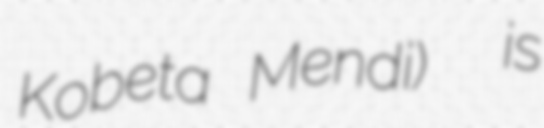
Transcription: Kobeta Mendi)  is